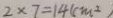
2 \times 7 = 1 4 ( c m ^ { 2 } )